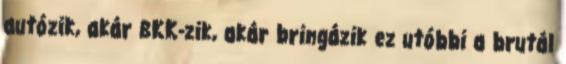
autózik, akár BKK-zik, akár bringázik ez utóbbi a brutál